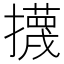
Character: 㩢